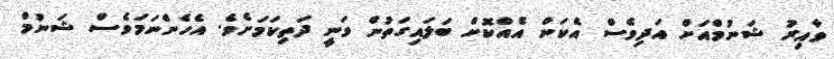
ވާއިރު ޝަނުމްއަށް އަދިވެސް އެކަން އެއްކޮށް ބަލައިގަތުން ވަނީ ދަތިކަމަށެވެ. އެހެންނަމަވެސް ޝަނުމް